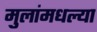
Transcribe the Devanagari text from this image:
मुलांमधल्या